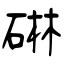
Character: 碄